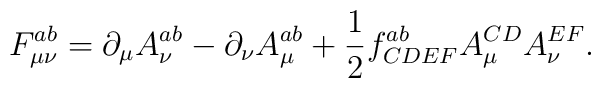
F^{ab}_{\mu\nu} = \partial_\mu A^{ab}_{\nu} - \partial_\nu A^{ab}_\mu+ \frac{1}{2} f^{ab}_{CDEF} A^{CD}_{\mu} A^{EF}_{\nu} .